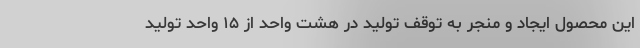
این محصول ایجاد و منجر به توقف تولید در هشت واحد از ۱۵ واحد تولید